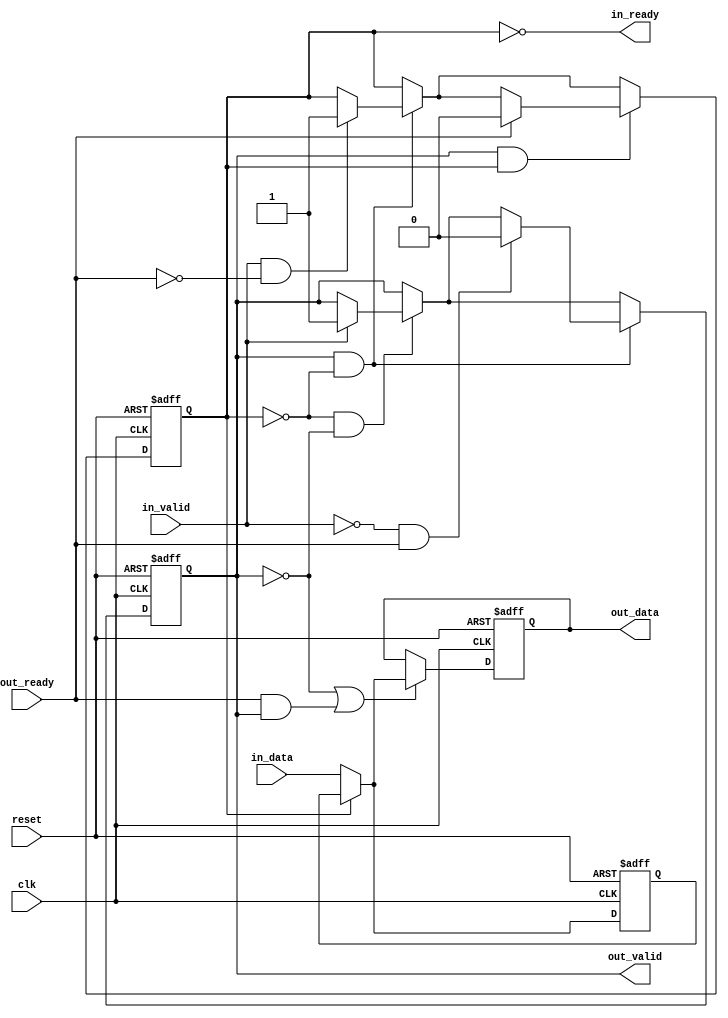
// (C) 2001-2013 Altera Corporation. All rights reserved.
// Your use of Altera Corporation's design tools, logic functions and other 
// software and tools, and its AMPP partner logic functions, and any output 
// files any of the foregoing (including device programming or simulation 
// files), and any associated documentation or information are expressly subject 
// to the terms and conditions of the Altera Program License Subscription 
// Agreement, Altera MegaCore Function License Agreement, or other applicable 
// license agreement, including, without limitation, that your use is for the 
// sole purpose of programming logic devices manufactured by Altera and sold by 
// Altera or its authorized distributors.  Please refer to the applicable 
// agreement for further details.


// $File: //acds/rel/13.0sp1/ip/avalon_st/altera_avalon_st_pipeline_stage/altera_avalon_st_pipeline_base.v $
// $Revision: #1 $
// $Date: 2013/03/07 $
// $Author: swbranch $
//------------------------------------------------------------------------------

`timescale 1ns / 1ns

module altera_avalon_st_pipeline_base (
                                 clk,
                                 reset,
                                 in_ready,
                                 in_valid,
                                 in_data,
                                 out_ready,
                                 out_valid,
                                 out_data
                                );

    parameter  SYMBOLS_PER_BEAT  = 1;
    parameter  BITS_PER_SYMBOL   = 8;
    parameter  PIPELINE_READY    = 1;
    localparam DATA_WIDTH = SYMBOLS_PER_BEAT * BITS_PER_SYMBOL;
                              
    input clk;
    input reset;
   
    output in_ready;
    input  in_valid;
    input [DATA_WIDTH-1:0] in_data;
   
    input  out_ready;
    output out_valid;
    output [DATA_WIDTH-1:0] out_data;
   
    reg full0;
    reg full1;
    reg [DATA_WIDTH-1:0] data0;
    reg [DATA_WIDTH-1:0] data1;

    assign out_valid = full1;
    assign out_data  = data1;    
    
	generate if (PIPELINE_READY == 1) 
		begin : REGISTERED_READY_PLINE
        
            assign in_ready  = !full0;

            always @(posedge clk, posedge reset) begin
                if (reset) begin
                    data0 <= {DATA_WIDTH{1'b0}};
                    data1 <= {DATA_WIDTH{1'b0}};
                end else begin
                    // ----------------------------
                    // always load the second slot if we can
                    // ----------------------------
                    if (~full0)
                        data0 <= in_data;
                    // ----------------------------
                    // first slot is loaded either from the second,
                    // or with new data
                    // ----------------------------
                    if (~full1 || (out_ready && out_valid)) begin
                        if (full0)
                            data1 <= data0;
                        else
                            data1 <= in_data;
                    end
                end
            end
           
            always @(posedge clk or posedge reset) begin
                if (reset) begin
                    full0    <= 1'b0;
                    full1    <= 1'b0;
                end else begin
                    // no data in pipeline
                    if (~full0 & ~full1) begin
                        if (in_valid) begin
                            full1 <= 1'b1;
                        end
                    end // ~f1 & ~f0

                    // one datum in pipeline 
                    if (full1 & ~full0) begin
                        if (in_valid & ~out_ready) begin
                            full0 <= 1'b1;
                        end
                        // back to empty
                        if (~in_valid & out_ready) begin
                            full1 <= 1'b0;
                        end
                    end // f1 & ~f0
                
                    // two data in pipeline 
                    if (full1 & full0) begin
                        // go back to one datum state
                        if (out_ready) begin
                            full0 <= 1'b0;
                        end
                    end // end go back to one datum stage
                end
            end

		end 
	else 
		begin : UNREGISTERED_READY_PLINE
		    
			// in_ready will be a pass through of the out_ready signal as it is not registered
			assign in_ready = (~full1) | out_ready;
			
			always @(posedge clk or posedge reset) begin
			    if (reset) begin
				    data1 <= 'b0;
					full1 <= 1'b0;
				end
				else begin
				    if (in_ready) begin
					    data1 <= in_data;
						full1 <= in_valid;
					end
				end
			end
		
		end
	endgenerate
            
            
endmodule